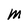
Character: M